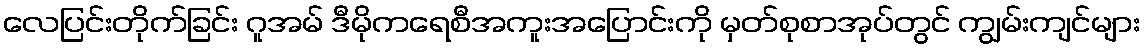
လေပြင်းတိုက်ခြင်း ဂူအမ် ဒီမိုကရေစီအကူးအပြောင်းကို မှတ်စုစာအုပ်တွင် ကျွမ်းကျင်များ